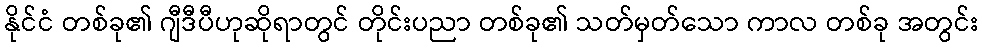
နိုင်ငံ တစ်ခု၏ ဂျီဒီပီဟုဆိုရာတွင် တိုင်းပညာ တစ်ခု၏ သတ်မှတ်သော ကာလ တစ်ခု အတွင်း